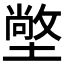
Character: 𭏭